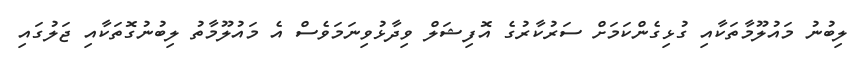
ލިބުނު މައުލޫމާތަކާއި ގުޅިގެންކަމަށް ސަރުކާރުގެ އޮފިޝަލް ވިދާޅުވިނަމަވެސް އެ މައުލޫމާތު ލިބުނުގޮތަކާއި ޖަލުގައި